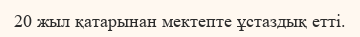
20 жыл қатарынан мектепте ұстаздық етті.